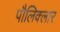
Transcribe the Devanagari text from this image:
पौलिक्लार